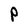
Character: P